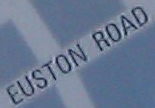
EUSTON ROAD